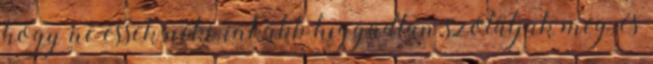
hogy ne essek neki, inkább higgadtan szólaljak meg, és